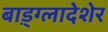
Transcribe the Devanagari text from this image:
बाड़्ग्लादेशेर